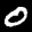
Label: 0